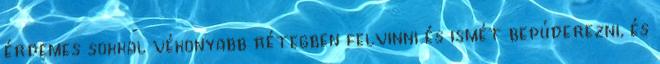
érdemes sokkal vékonyabb rétegben felvinni és ismét bepúderezni, és